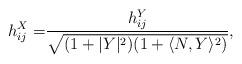
LaTeX: \begin{align*} h_{ij}^X= & \frac{h_{ij}^Y}{\sqrt{(1+|Y|^2)(1+\langle N,Y\rangle^2)}},\end{align*}